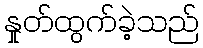
နှုတ်ထွက်ခဲ့သည်